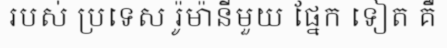
របស់ ប្រទេស រ៉ូម៉ានីមួយ ផ្នែក ទៀត គឺ